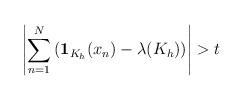
LaTeX: \begin{align*} \left|\sum_{n=1}^N\left(\mathbf{1}_{K_h}(x_n)-\lambda(K_h)\right)\right|> t\end{align*}